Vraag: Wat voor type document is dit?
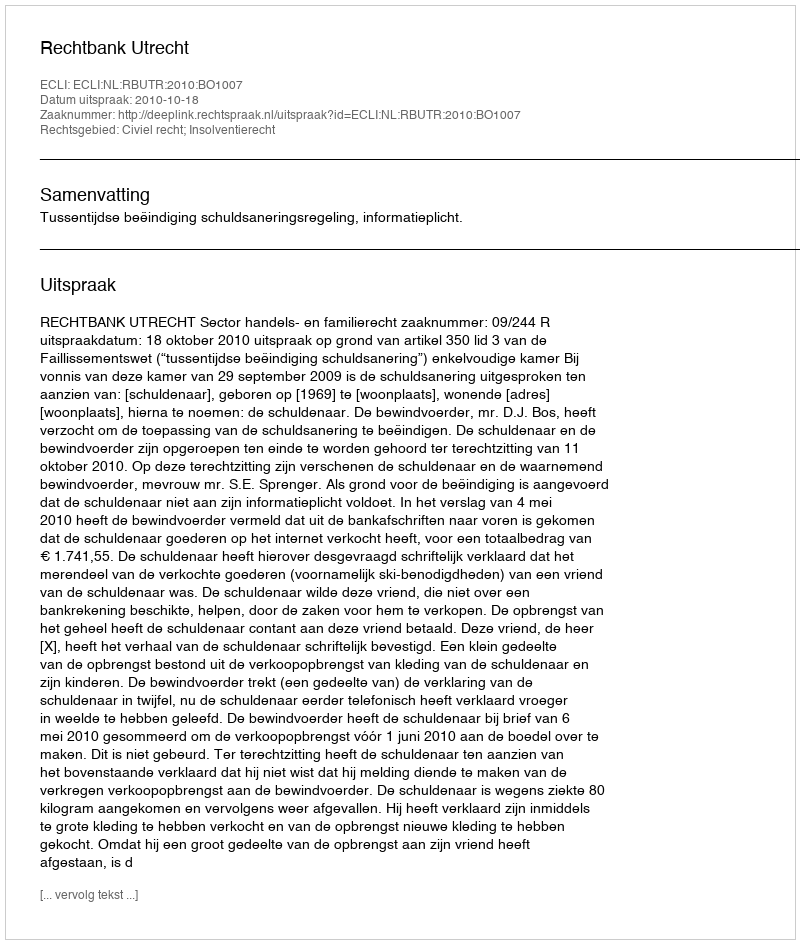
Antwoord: Uitspraak